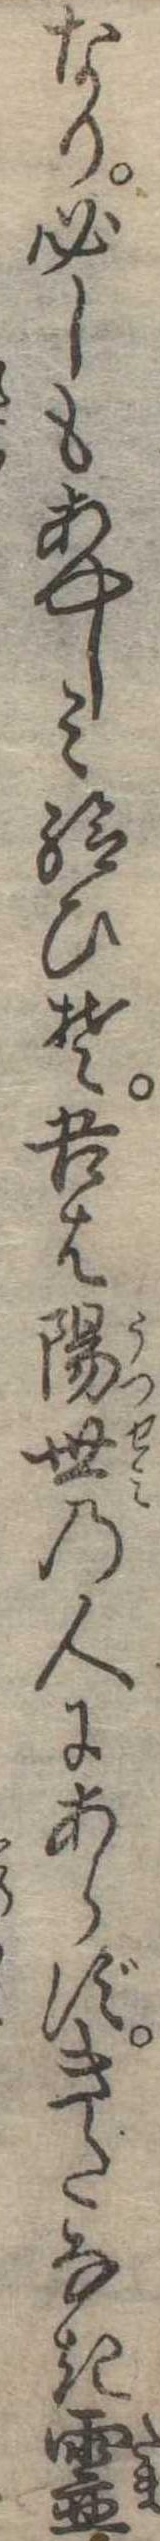
なり必しもあやしみ給ひそ吾は陽世の人にあらずきたなき霊